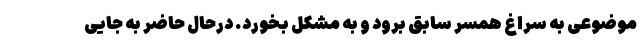
موضوعی به سراغ همسر سابق برود و به مشکل بخورد. درحال حاضر به جایی